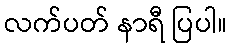
လက်ပတ် နာရီ ပြပါ။